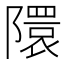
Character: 𮥥